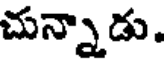
చున్నాడు.